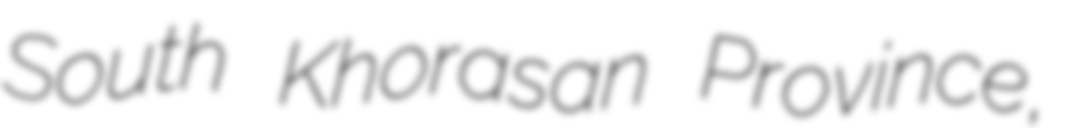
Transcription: South Khorasan Province,